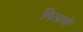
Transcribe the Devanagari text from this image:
मिठायों